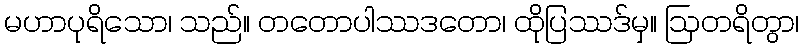
မဟာပုရိသော၊ သည်။ တတောပါဿဒတော၊ ထိုပြဿဒ်မှ။ ဩတရိတွာ၊